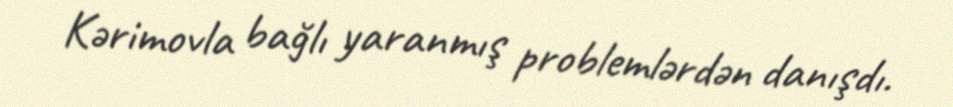
Kərimovla bağlı yaranmış problemlərdən danışdı.